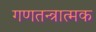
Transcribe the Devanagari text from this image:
गणतन्त्रात्मक